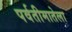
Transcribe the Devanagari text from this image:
पर्वतीमातेला